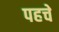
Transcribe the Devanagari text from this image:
पहचे